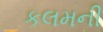
કલમની